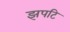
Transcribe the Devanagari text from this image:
झपटि